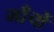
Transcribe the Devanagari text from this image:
माँचों